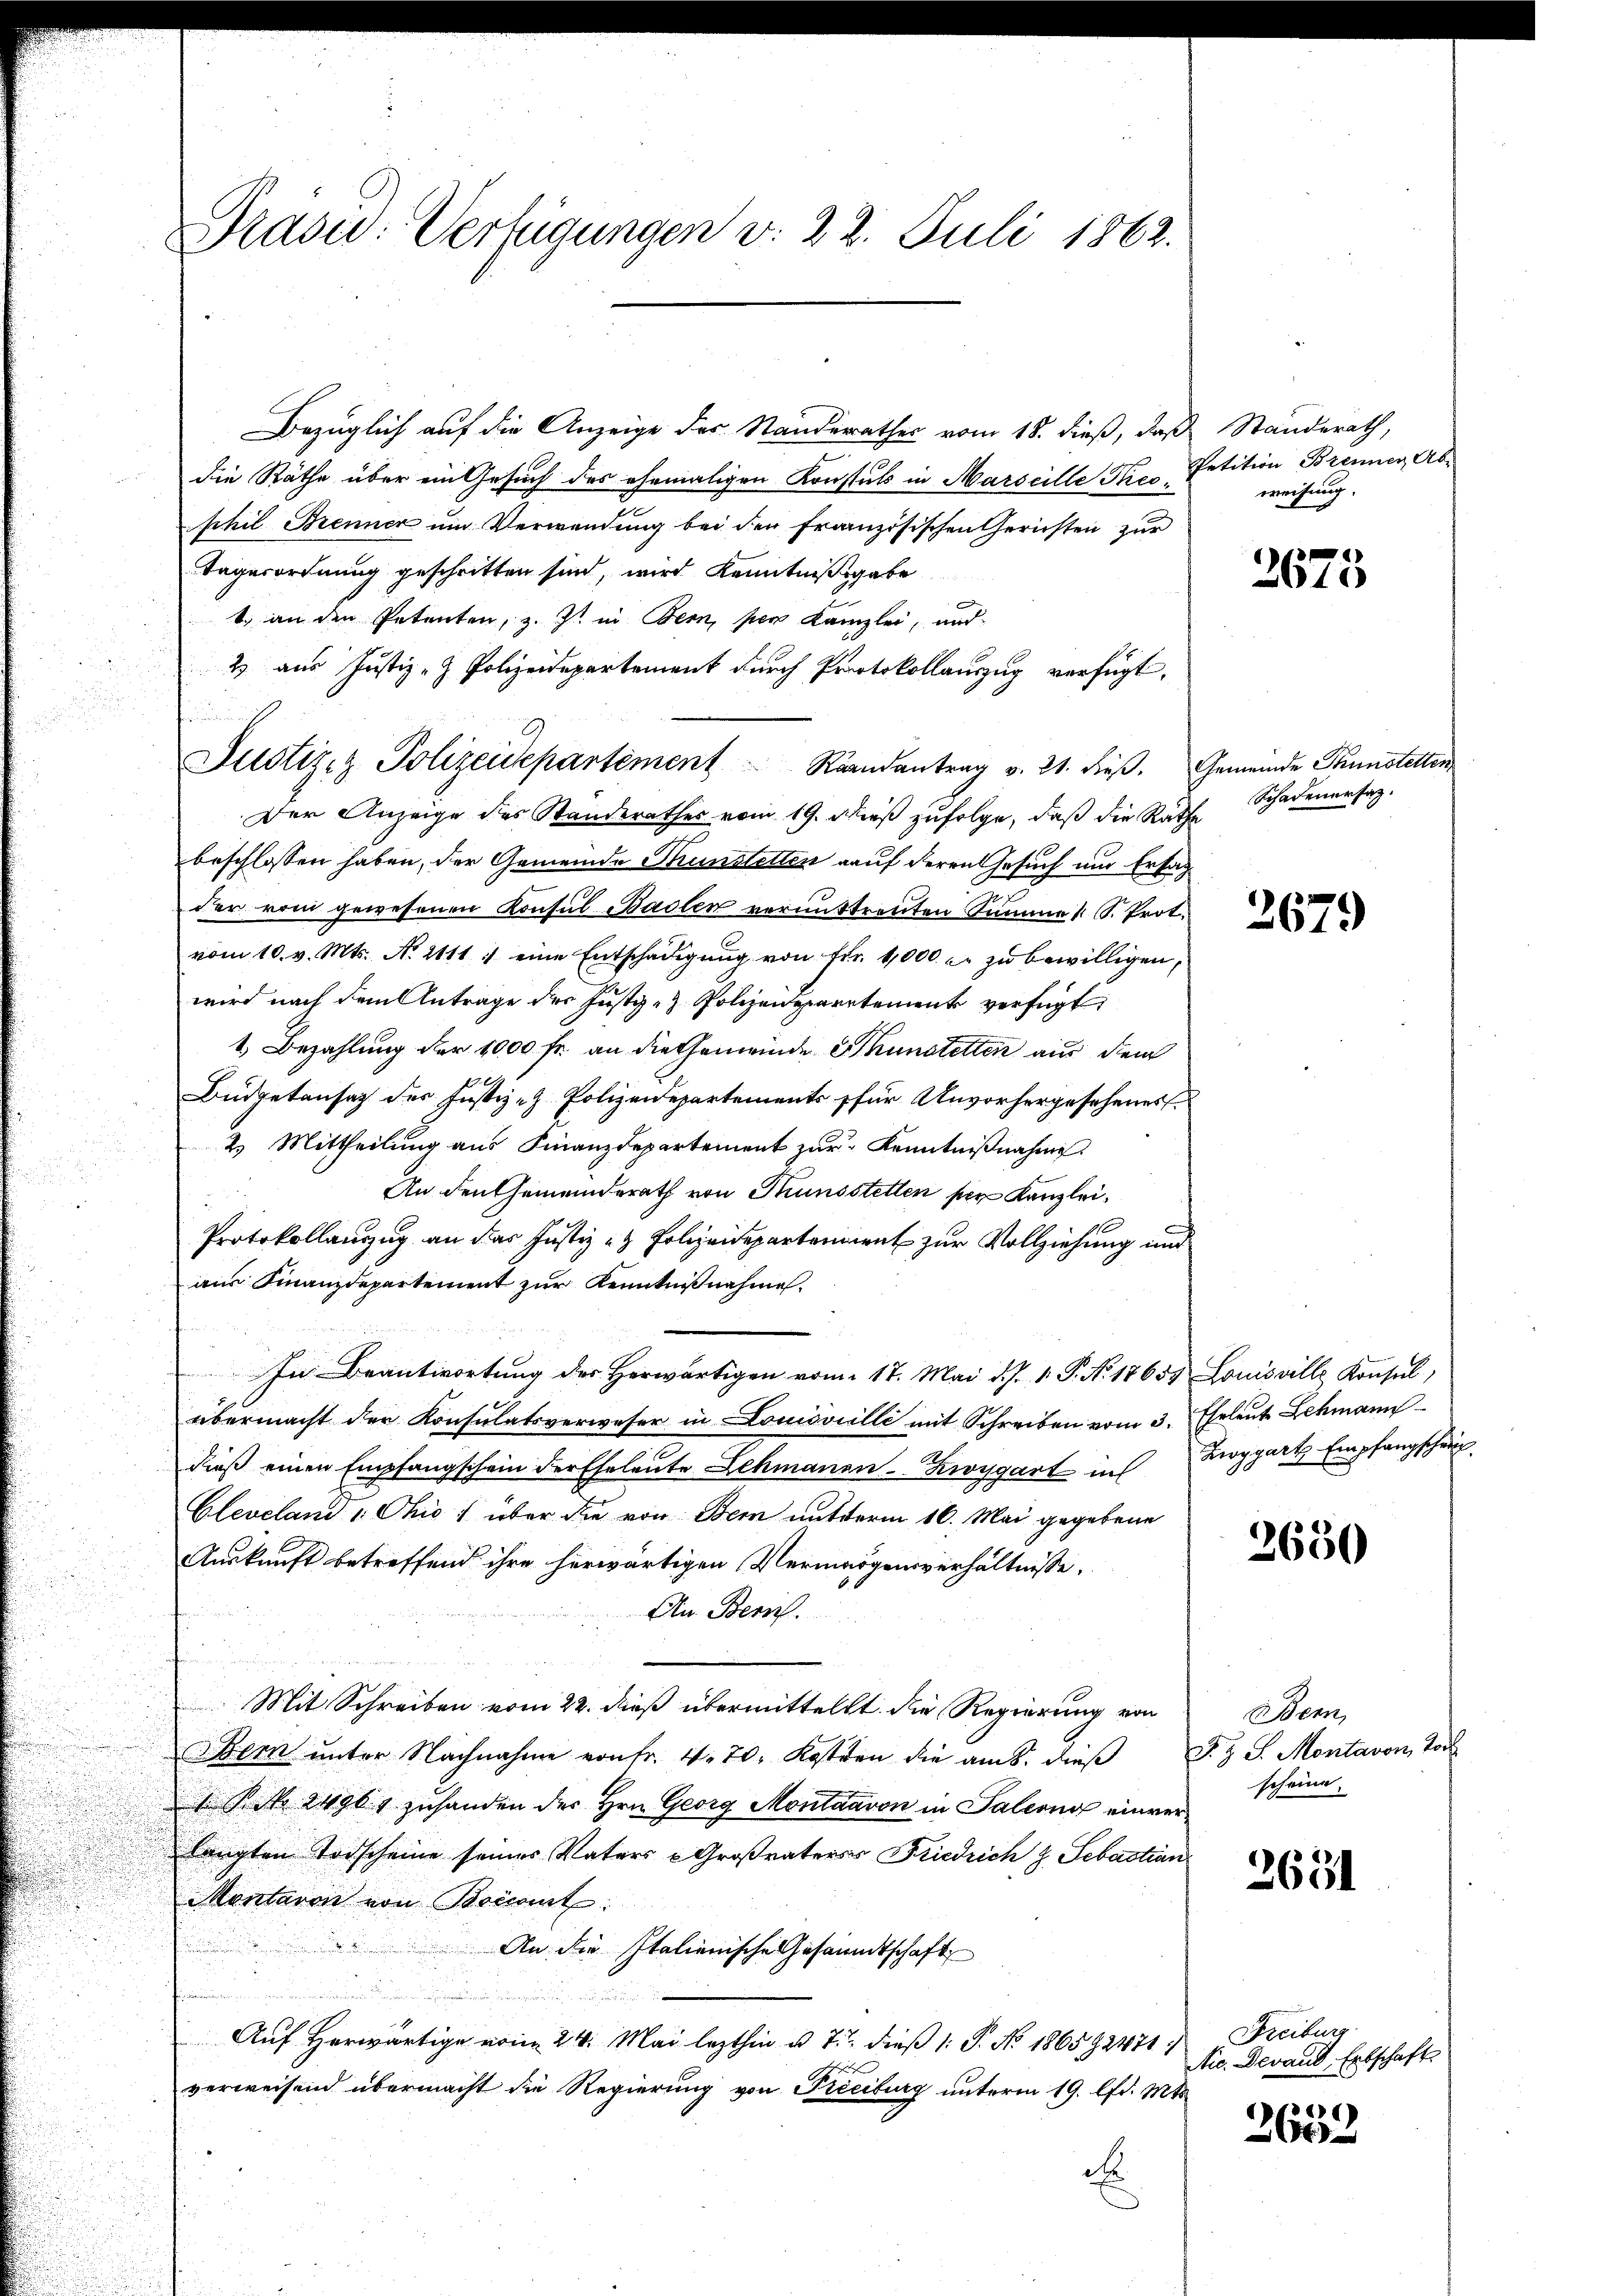
Bezüglich auf die Anzeige des Standerathes vom 18. dieß, daß Standerath,
die Räthe über ein Gesuch des ehemaligen Konstuts in Marseille Theophil Brenner um Verwendung bei der französischen Gerichten zur
Tagesordnung geschritten sind, wird Kenntnißgabe
1. an den Petenten, z. Zt. in Bern, per Kanzlei, und
2 aus Justiz- & Polizeidepartement durch Protokollauszug verfügt:
Der Anzeige des Standerathes vom 19. dieβ zŭfolge, daβ die Rathe Schadenersag
beschlossen haben, der Gemeinde Thunstetten auf deren Gesuch nur Ersat
der vom gewesenen Konsul Baslen vermittreuten Summe S. Prot.
vom 10. v. Mts. No. 2111 :/ eine Entschädigŭng von fr. 1000 l. zu bewilligen
wird nach dem Antrage der Justiz- & Polizeidepartement verfügt
1. Bezahlung der 1000 fr. an die Gemeinde Thunstetten aus dem
Büdgetansaz der Justiz- & Polizeidepartements für Unvorhergesehenes
2) Mittheilung ans Finanzdepartement zur Kenntniβnahme
An den Gemeinderath von Thunsstetten per Kanzlei,
Protokollanzug an das Justiz- & Polizeidepartement zur Vollziehung und
aus Finanzdepartement zur Kenntnißnahme.
In Beantwortŭng der herwärtigen vom 17. Mai d. J. 1. P. Nr. 18655 Louisville Konsŭl
übermacht der Konsulatsverweser in Louisville mit Schreiben vom 3. Eheleute Lehmann
dieβ einen Empfangschein der Eheleute Lehmanen-Zwoygart in Riggart Empfangschei
Cleveland 1 Ohio) über die von Bern nutterm 16. Mai gegebene
Auskunft betreffend ihre herwärtigen Vermögensverhältnisse,
An Bern.
Mit Schreiben vom 22. dieß übermittellt die Regierung von
Bern ŭnter Nachnahme von fr. 4. 70. Kosten die am 8. dieβ S. z. S. Montavon, Toc
. P. Nr. 24961 zuhanden der Hrn. Georg Montaavon in Saleono einverlangten Todscheine seines Vaters Großvaters Friedrich z. Sebastian
Mentaren von Bonamt
An die Italienische Gesammtschaft
Auf Herwärtige vom 24. Mai lezthin u. 7. dieß 1: P. No 186592471;
verweisend übermacht die Regierung von Preciburg unterm 19. lfd. Mts.
A

Präsid.: Verfügungen v. 22. Juli 1862.

Justizez Polizeidepartement Raandantrag v. 21. dieβ. Gemeinde Thunstetten

Petition Brenner Ab
weisung.

2675

2679

2650

Bern,
scheine.

2651

Freiburg
Nic. Derand, Erbschaft

6
260